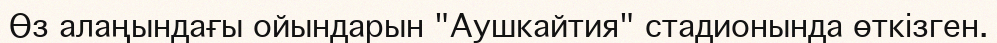
Өз алаңындағы ойындарын "Аушкайтия" стадионында өткізген.